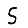
Digit: 5